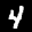
Label: 4